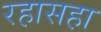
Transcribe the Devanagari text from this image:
रहासहा